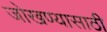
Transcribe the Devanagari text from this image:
जोखण्यासाठी